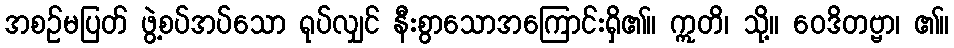
အစဉ်မပြတ် ဖွဲ့စပ်အပ်သော ရုပ်လျှင် နီးစွာသောအကြောင်းရှိ၏။ ဣတိ၊ သို့။ ဝေဒိတဗ္ဗာ၊ ၏။